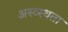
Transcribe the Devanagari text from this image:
अस्व्स्थता